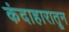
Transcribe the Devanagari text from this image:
कंदाहारातून